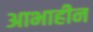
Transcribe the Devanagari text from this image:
आभाहीन